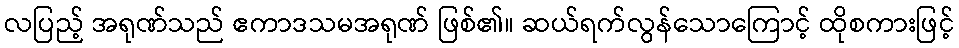
လပြည့် အရုဏ်သည် ဧကာဒသမအရုဏ် ဖြစ်၏။ ဆယ်ရက်လွန်သောကြောင့် ထိုစကားဖြင့်